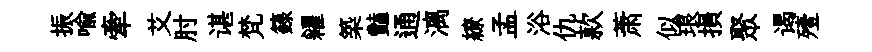
振喻牽艾肘谌梵籙糴築豔通漓繚孟浴仇款萧似琅損聚谒殪